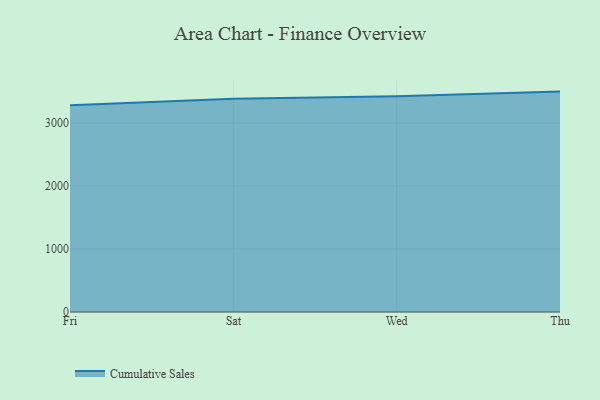
{"axis": {"x": "Day", "y": "Latency (ms)"}, "legend": ["Cumulative Sales"], "data": [{"x": "Fri", "y": 3280.1, "type": "Cumulative Sales"}, {"x": "Sat", "y": 3386.9, "type": "Cumulative Sales"}, {"x": "Wed", "y": 3423.5, "type": "Cumulative Sales"}, {"x": "Thu", "y": 3498.7, "type": "Cumulative Sales"}]}